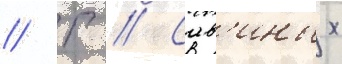
// Г // Сав'иных